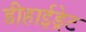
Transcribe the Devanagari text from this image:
डीहाईड्रेट